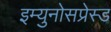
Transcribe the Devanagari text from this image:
इम्युनोसप्रेस्ड